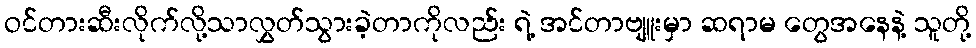
ဝင်တားဆီးလိုက်လို့သာလွှတ်သွားခဲ့တာကိုလည်း ရဲ့ အင်တာဗျူးမှာ ဆရာမ တွေအနေနဲ့ သူတို့